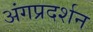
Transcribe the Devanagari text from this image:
अंगप्रदर्शन